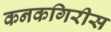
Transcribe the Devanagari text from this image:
कनकगिरीस